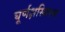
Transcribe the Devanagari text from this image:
घूर्णक्षस्थिरक